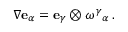
\nabla \mathbf { e } _ { \alpha } = \mathbf { e } _ { \gamma } \otimes \omega ^ { \gamma } { } _ { \alpha } \, .